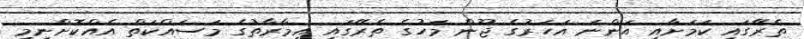
ތެރޭގައި ކަމަށާއި އަންނަ އަހަރުގެ ޖޫން މަހުގެ ތެރޭގައި އިމާރާތުގެ މަސައްކަތް އެއްކޮށްނިމި